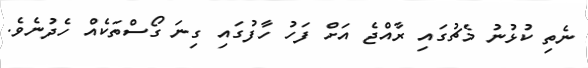
ނެތި ކުޅުނު މެޗުގައި ރާއްޖެ އަށް ފަހު ހާފުގައި ގިނަ ގޯސްތަކެއް ހެދުނެވެ.